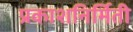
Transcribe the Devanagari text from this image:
प्रकाशनिर्मिती